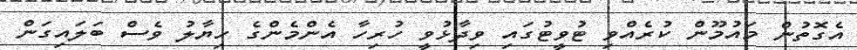
އެގޮތުން މައުމޫން ކުރެއްވި ޓުވީޓުގައި ވިދާޅުވީ ހުރިހާ އެންމެންގެ ހިޔާލު ވެސް ބަލައިގަން